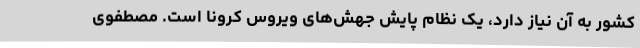
کشور به آن نیاز دارد، یک نظام پایش جهش‌های ویروس کرونا است. مصطفوی